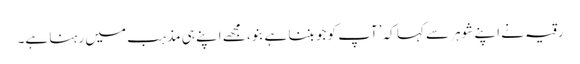
رقیہ نے اپنے شوہر سے کہا کہ ’آپ کو جو بننا ہے بنو، مجھے اپنے ہی مذہب میں رہنا ہے۔